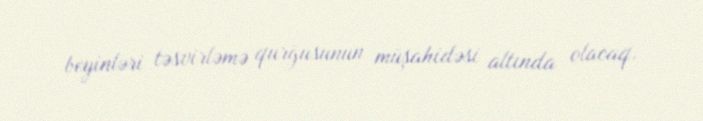
beyinləri təsvirləmə qurğusunun müşahidəsi altında olacaq.